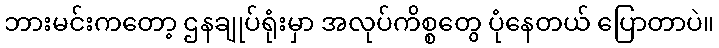
ဘားမင်းကတော့ ဌနချုပ်ရုံးမှာ အလုပ်ကိစ္စတွေ ပုံနေတယ် ပြောတာပဲ။